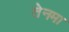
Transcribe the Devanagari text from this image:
तेनमा